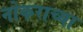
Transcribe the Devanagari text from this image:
नोकराच्या